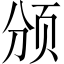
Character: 颁